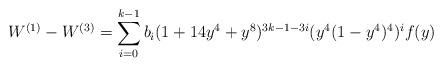
LaTeX: \begin{align*}W^{(1)}-W^{(3)}=\sum_{i=0}^{k-1} b_i(1 + 14 y^4 + y^8)^{3k-1-3i}(y^4 (1 - y^4)^4)^if(y)\end{align*}